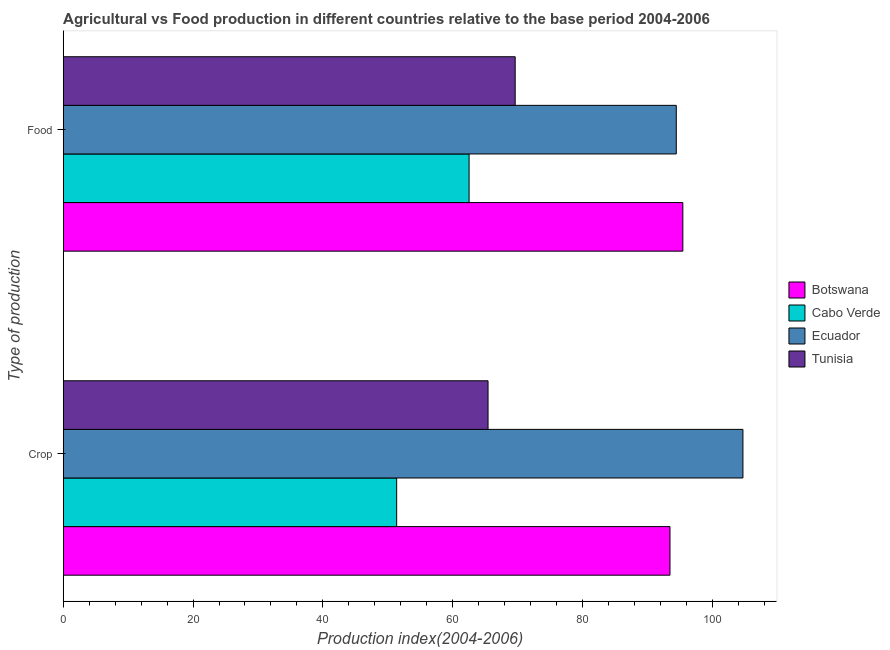
| Type of production | Botswana | Cabo Verde | Ecuador | Tunisia |
 | --- | --- | --- | --- | --- |
 | Crop | 93.5 | 51.4 | 105 | 65.5 |
 | Food | 95.5 | 62.5 | 94.5 | 69.6 |